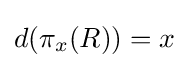
d(\pi _{x}(R))=x